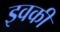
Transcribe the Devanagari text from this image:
इवकी